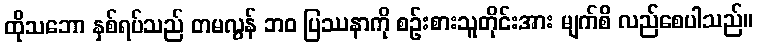
ထိုသဘော နှစ်ရပ်သည် တမလွန် ဘဝ ပြဿနာကို စဉ်းစားသူတိုင်းအား မျက်စိ လည်စေပါသည်။